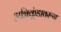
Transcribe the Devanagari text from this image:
अग्निकुंडावरून